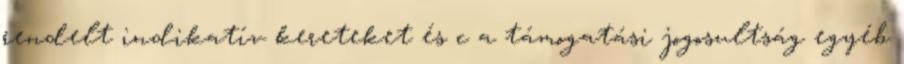
rendelt indikatív kereteket és c a támogatási jogosultság egyéb